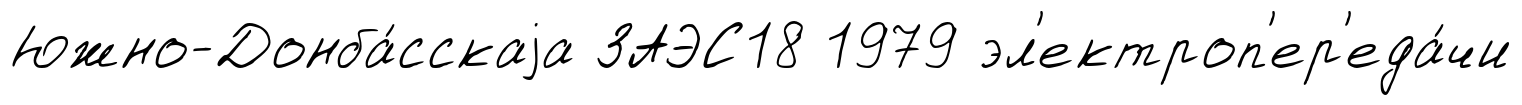
Южно-Донба́сскаjа ЗАЭС18 1979 эл'ектроп'ер'еда́чи